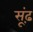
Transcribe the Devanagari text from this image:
सूंढ़